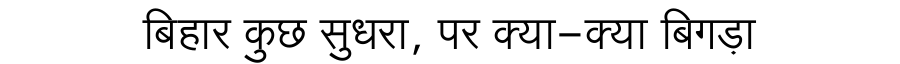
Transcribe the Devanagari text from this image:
बिहार कुछ सुधरा, पर क्या-क्या बिगड़ा